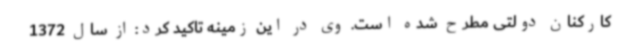
کارکنان دولتی مطرح شده است. وی در این زمینه تاکید کرد: از سال 1372